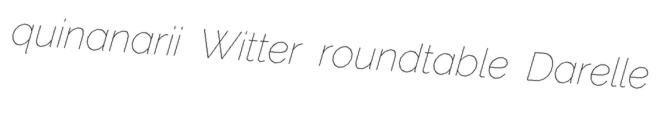
quinanarii Witter roundtable Darelle